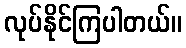
လုပ်နိုင်ကြပါတယ်။